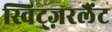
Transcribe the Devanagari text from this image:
स्विट्ज़रलैंट